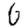
Digit: 6